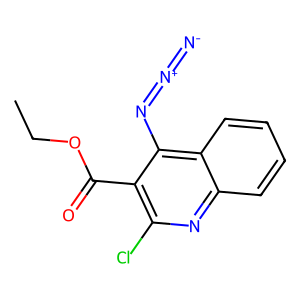
SMILES: CCOC(=O)c1c(Cl)nc2ccccc2c1N=[N+]=[N-]
Inhibits HIV replication: No